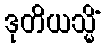
ဒုတိယသ္မိံ